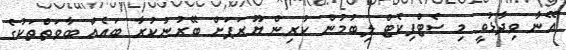
އޭނާ ވިދާޅުވީ މި ސެޓްފިކެޓް ލިބުމުން ކުރިން ޔޫރަޕަށް ބޭރުނުކުރާ ބައެއް ބާވަތްތަކުގެ